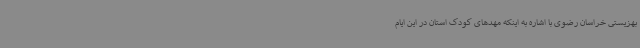
بهزیستی خراسان رضوی با اشاره به اینکه مهدهای کودک استان در این ایام